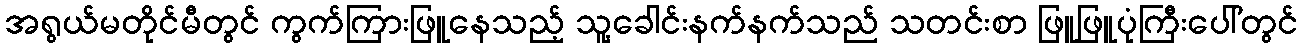
အရွယ်မတိုင်မီတွင် ကွက်ကြားဖြူနေသည့် သူ့ခေါင်းနက်နက်သည် သတင်းစာ ဖြူဖြူပုံကြီးပေါ်တွင်